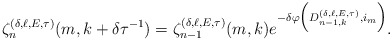
\begin{align*}\zeta^{(\delta,\ell,E,\tau)}_{n}(m,k+\delta\tau^{-1})=\zeta^{(\delta,\ell,E,\tau)}_{n-1}(m,k)e^{-\delta\varphi\Big(D^{(\delta,\ell,E,\tau)}_{n-1,k},i_m\Big)}.\end{align*}